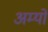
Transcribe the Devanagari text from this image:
अम्यो